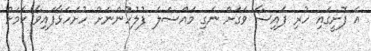
އެ ފޮށީގައި ހުރި ފައިސާ ވަގަށް ނެގި މައްސަލަ ފުލުހުންނަށް ހުށަހަޅާފައިވާ ކަމަށް